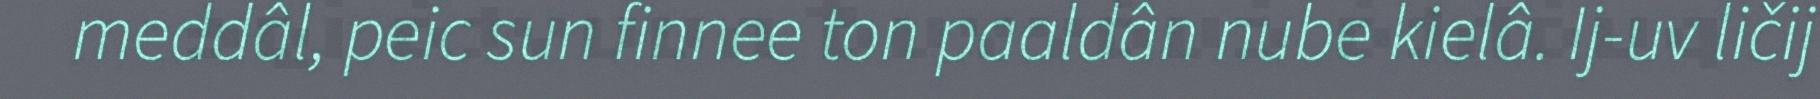
meddâl, peic sun finnee ton paaldân nube kielâ. Ij-uv ličij